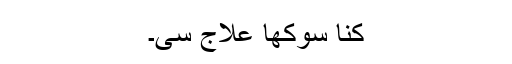
کِنا سوکھا عِلاج سی۔